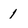
Character: 1